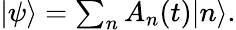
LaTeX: \begin{array}{r}{|\psi\rangle=\sum_{n}A_{n}(t)|n\rangle.}\end{array}